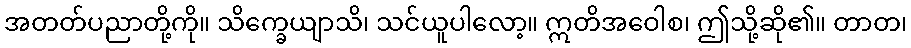
အတတ်ပညာတို့ကို။ သိက္ခေယျာသိ၊ သင်ယူပါလော့။ ဣတိအဝေါစ၊ ဤသို့ဆို၏။ တာတ၊